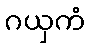
ဂယှကံ